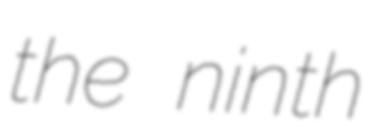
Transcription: the ninth